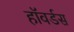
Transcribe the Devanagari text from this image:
हॉवर्डस